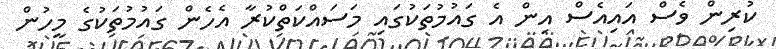
ކުރިން ވެސް އައިއެސް އިން އެ ގައުމުތަކުގައި މަސައްކަތްކުރާ އެހެން ގައުމުތަކުގެ މީހުން